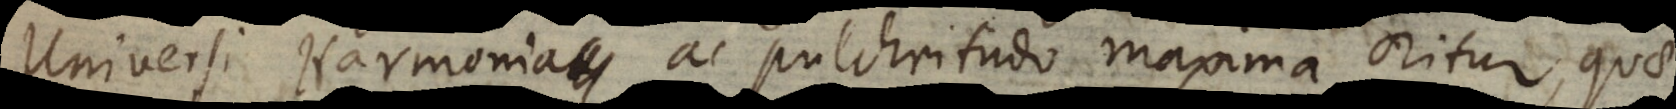
Universi Harmonia ac pulchritudo maxima oritur, quae